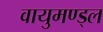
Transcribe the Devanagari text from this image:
वायुमण्ड्ल